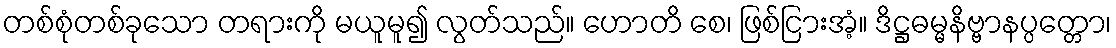
တစ်စုံတစ်ခုသော တရားကို မယူမူ၍ လွတ်သည်။ ဟောတိ စေ၊ ဖြစ်ငြားအံ့။ ဒိဋ္ဌဓမ္မနိဗ္ဗာနပ္ပတ္တော၊